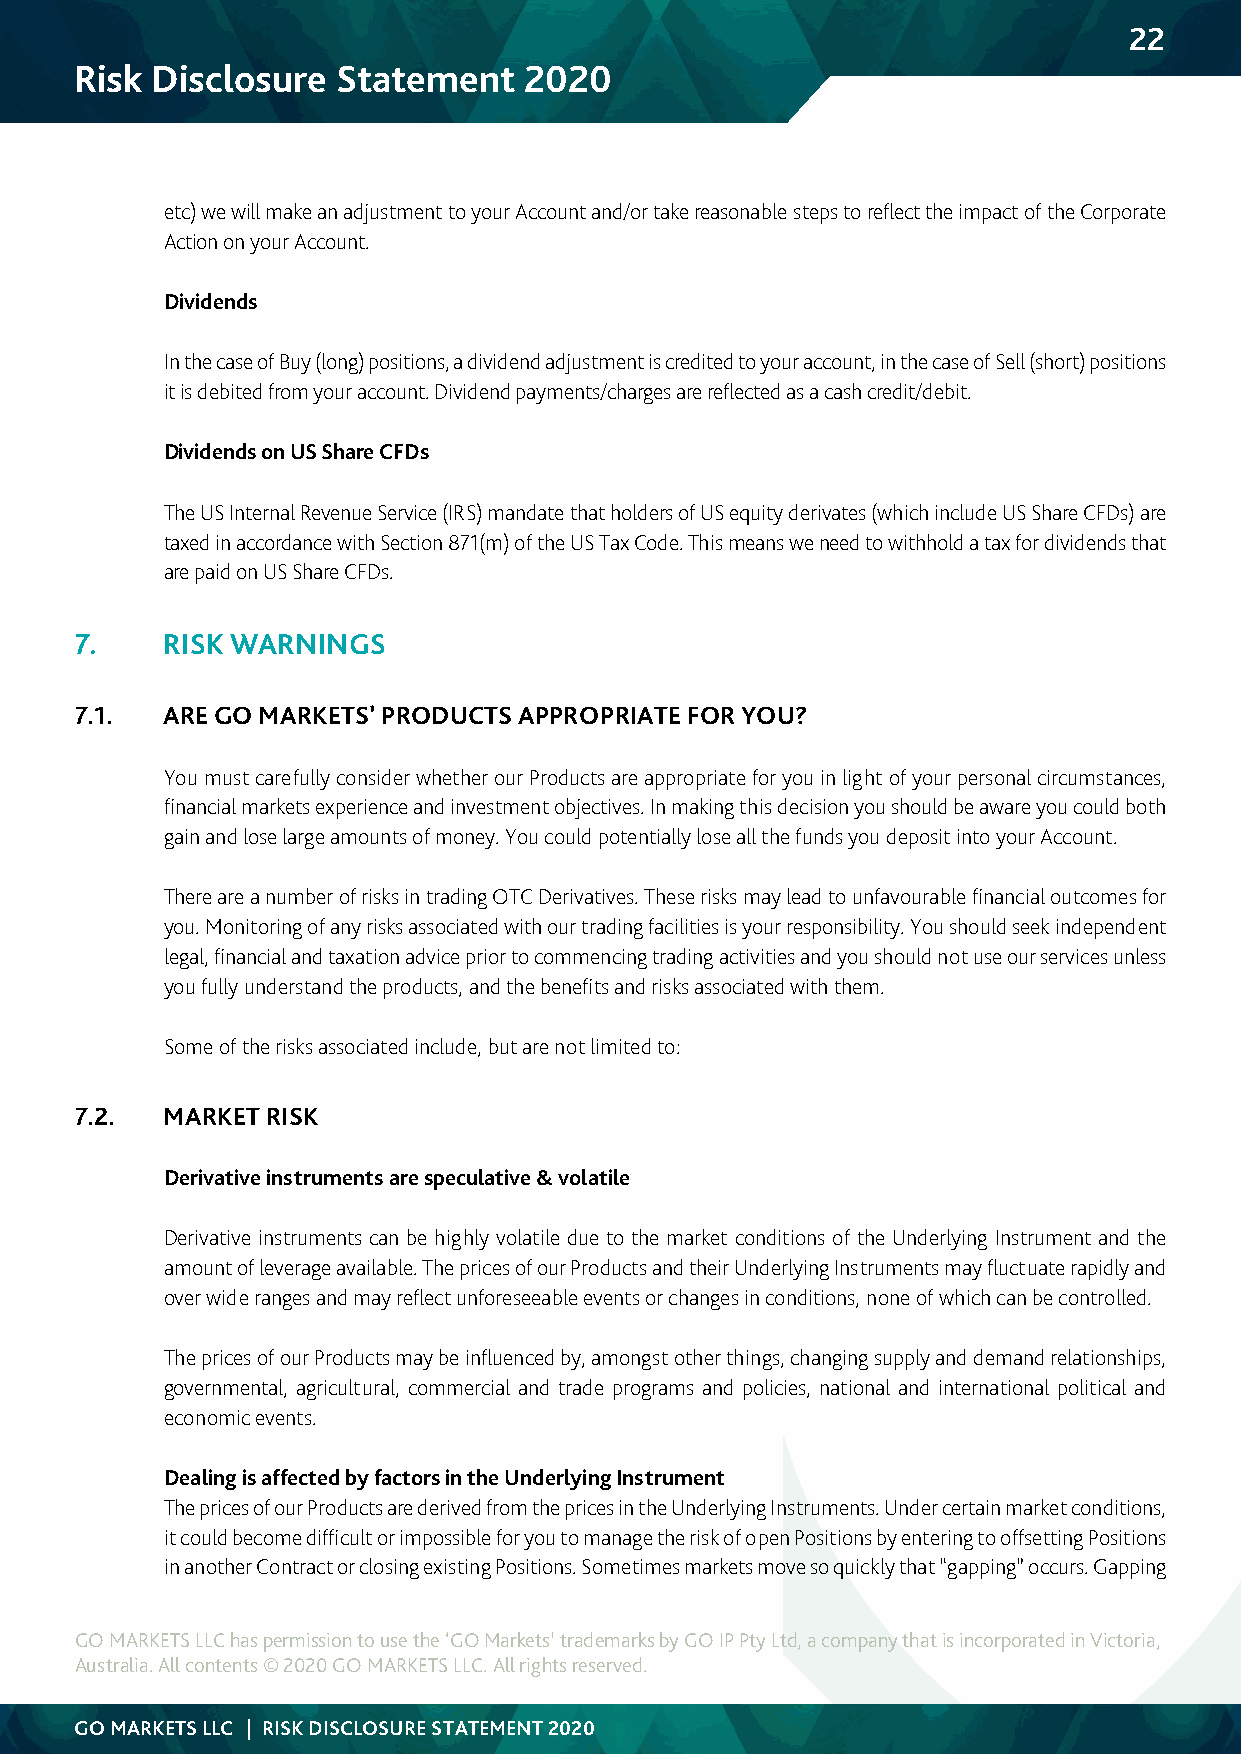
22
 Risk Disclosure  Statement    2020
 etc) we will make an adjustment to your Account and/or take reasonable steps to reflect the impact of the Corporate
 Action on your Account.
 Dividends
 In the case of Buy (long) positions, a dividend adjustment is credited to your account, in the case of Sell (short) positions
 it is debited from your account. Dividend payments/charges are reflected as a cash credit/debit.
 Dividends on US Share CFDs
 The US Internal Revenue Service (IRS) mandate that holders of US equity derivates (which include US Share CFDs) are
 taxed in accordance with Section 871(m) of the US Tax Code. This means we need to withhold a tax for dividends that
 are paid on US Share CFDs.
 7.    RISK WARNINGS
 7.1.  ARE GO MARKETS’ PRODUCTS APPROPRIATE FOR YOU?
 You must carefully consider whether our Products are appropriate for you in light of your personal circumstances,
 financial markets experience and investment objectives. In making this decision you should be aware you could both
 gain and lose large amounts of money. You could potentially lose all the funds you deposit into your Account.
 There are a number of risks in trading OTC Derivatives. These risks may lead to unfavourable financial outcomes for
 you. Monitoring of any risks associated with our trading facilities is your responsibility. You should seek independent
 legal, financial and taxation advice prior to commencing trading activities and you should not use our services unless
 you fully understand the products, and the benefits and risks associated with them.
 Some of the risks associated include, but are not limited to:
 7.2.  MARKET RISK
 Derivative instruments are speculative & volatile
 Derivative instruments can be highly volatile due to the market conditions of the Underlying Instrument and the
 amount of leverage available. The prices of our Products and their Underlying Instruments may fluctuate rapidly and
 over wide ranges and may reflect unforeseeable events or changes in conditions, none of which can be controlled.
 The prices of our Products may be influenced by, amongst other things, changing supply and demand relationships,
 governmental, agricultural, commercial and trade programs and policies, national and international political and
 economic events.
 Dealing is affected by factors in the Underlying Instrument
 The prices of our Products are derived from the prices in the Underlying Instruments. Under certain market conditions,
 it could become difficult or impossible for you to manage the risk of open Positions by entering to offsetting Positions
 in another Contract or closing existing Positions. Sometimes markets move so quickly that “gapping” occurs. Gapping
 GO MARKETS LLC has permission to use the ‘GO Markets’ trademarks by GO IP Pty Ltd, a company that is incorporated in Victoria,
 Australia. All contents © 2020 GO MARKETS LLC. All rights reserved.
 GO MARKETS LLC | RISK DISCLOSURE STATEMENT 2020